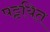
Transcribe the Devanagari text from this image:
पट्टयित